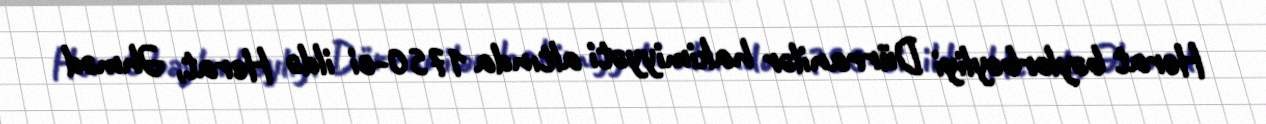
Herat bəylərbəyliyi Dürranilər hakimiyyəti altında 1750-ci ildə Herat, Əhməd